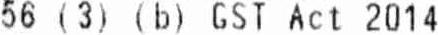
56 (3) (B) GST ACT 2014